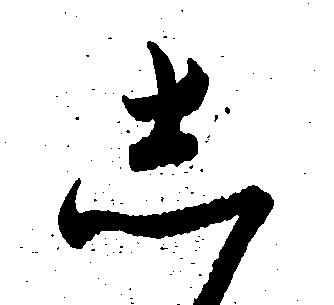
し